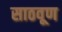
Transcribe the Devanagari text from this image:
साठवूण